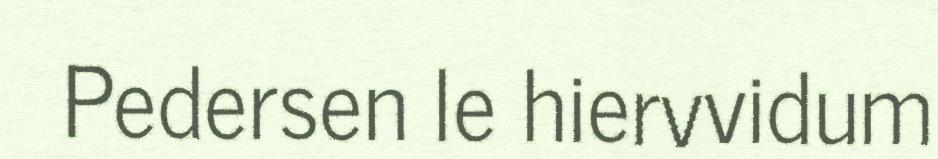
Pedersen le hiervvidum